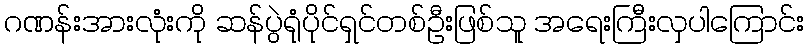
ဂဏန်းအားလုံးကို ဆန်ပွဲရုံပိုင်ရှင်တစ်ဦးဖြစ်သူ အရေးကြီးလှပါကြောင်း